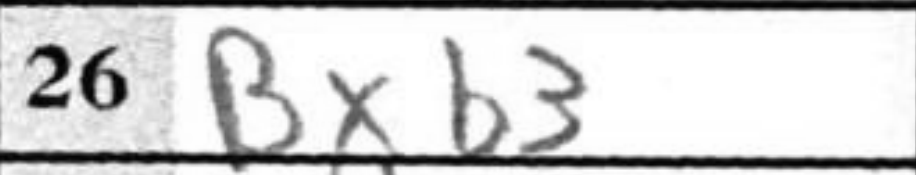
Transcription: Bxb3